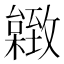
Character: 𦥐